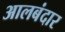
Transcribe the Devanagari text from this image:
आलबंदार